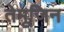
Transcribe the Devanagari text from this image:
तेमूजिन